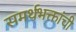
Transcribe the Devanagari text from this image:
समर्थभक्तांची